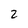
Character: 2